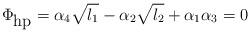
LaTeX: \begin{align*}\Phi_{\mbox{hp}}=\alpha_4\sqrt{l_1}-\alpha_2\sqrt{l_2}+\alpha_1\alpha_3=0\end{align*}